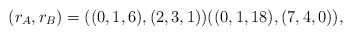
\begin{align*}(r_A,r_B)=((0, 1, 6),( 2, 3, 1)) ((0, 1, 18),( 7, 4, 0)),\end{align*}